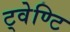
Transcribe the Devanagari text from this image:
ट्वेण्टि